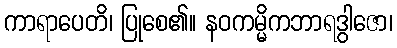
ကာရာပေတိ၊ ပြုစေ၏။ နဝကမ္မိကဘာရဒွါဇော၊